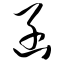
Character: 函